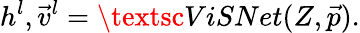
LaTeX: h^{l},\vec{v}^{l}=\textsc{ViSNet}(Z,\vec{p}).